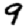
Digit: 9